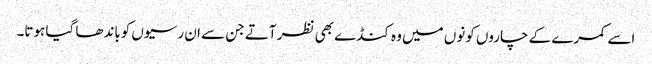
اسے کمرے کے چاروں کونوں میں وہ کنڈے بھی نظر آتے جن سے ان رسیوں کوباندھا گیا ہوتا۔